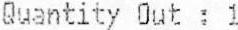
QUANTITY OUT : 1